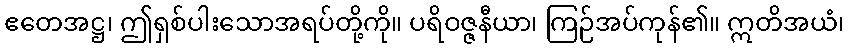
ဧတေအဋ္ဌ၊ ဤရှစ်ပါးသောအရပ်တို့ကို။ ပရိဝဇ္ဇနီယာ၊ ကြဉ်အပ်ကုန်၏။ ဣတိအယံ၊